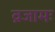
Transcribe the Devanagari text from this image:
व्रजामः